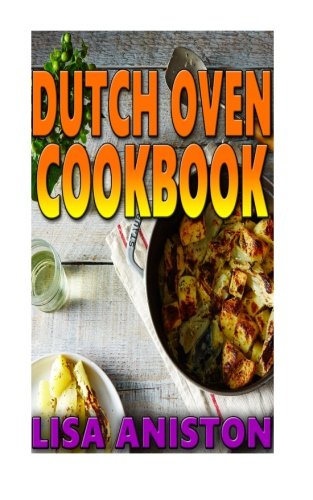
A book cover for Dutch Oven Cookbook (Dutch Oven and Cast Iron Cooking); Lisa Aniston; Cookbooks, Food & Wine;